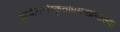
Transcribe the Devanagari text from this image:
प्राचीनसंस्कृताधयनप्रणाल्या